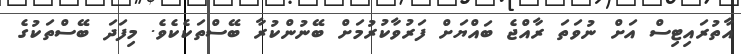
އާތުރައިޓިސް އަށް ނުވަތަ ރާއްޖެ ބައްޔަށް ފަރުވާކުރުމަށް ބޭނުންކުރާ ބޭސްތަކެކެވެ. މިފަދަ ބޭސްތަކުގެ